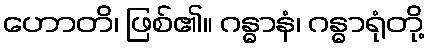
ဟောတိ၊ ဖြစ်၏။ ဂန္ဓာနံ၊ ဂန္ဓာရုံတို့